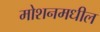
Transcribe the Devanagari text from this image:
मोशनमधील